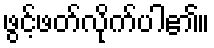
ဖွင့်ဖတ်လိုက်ပါ၏။